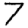
Digit: 7